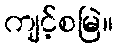
ကျင့်စမြဲ။